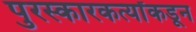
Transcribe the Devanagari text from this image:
पुरस्कारकर्त्यांकडून